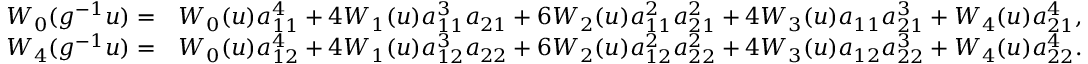
\begin{array} { r l } { W _ { 0 } ( g ^ { - 1 } u ) = } & { W _ { 0 } ( u ) a _ { 1 1 } ^ { 4 } + 4 W _ { 1 } ( u ) a _ { 1 1 } ^ { 3 } a _ { 2 1 } + 6 W _ { 2 } ( u ) a _ { 1 1 } ^ { 2 } a _ { 2 1 } ^ { 2 } + 4 W _ { 3 } ( u ) a _ { 1 1 } a _ { 2 1 } ^ { 3 } + W _ { 4 } ( u ) a _ { 2 1 } ^ { 4 } , } \\ { W _ { 4 } ( g ^ { - 1 } u ) = } & { W _ { 0 } ( u ) a _ { 1 2 } ^ { 4 } + 4 W _ { 1 } ( u ) a _ { 1 2 } ^ { 3 } a _ { 2 2 } + 6 W _ { 2 } ( u ) a _ { 1 2 } ^ { 2 } a _ { 2 2 } ^ { 2 } + 4 W _ { 3 } ( u ) a _ { 1 2 } a _ { 2 2 } ^ { 3 } + W _ { 4 } ( u ) a _ { 2 2 } ^ { 4 } . } \end{array}